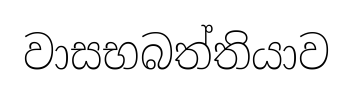
වාසභබත්තියාව